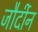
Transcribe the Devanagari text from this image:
जौर्दीन